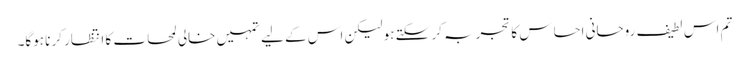
تم اس لطیف روحانی احساس کا تجربہ کر سکتے ہو لیکن اس کے لیے تمہیں خالی لمحات کا انتظار کرنا ہوگا۔